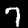
Digit: 7